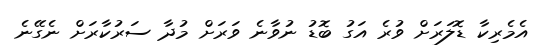
އެމެރިކާ ޑޮލަރަށް ވުރެ އަގު ބޮޑު ނުވާނެ ވަރަށް މުދާ ސަރުކާރަށް ނެގޭނެ